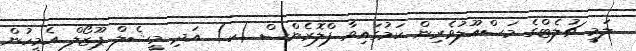
ލަމީ ޗުލެޓްގެ މަސްއޫލުވެރިން ކަމުގައިވާ ފްލޮރެންސް (ކ) އަދި މީޝެލް ޕޫޒޯލް އެމީހުން